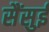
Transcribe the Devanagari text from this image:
सैंसुई